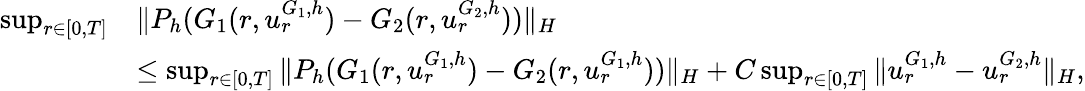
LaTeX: \begin{array}{rl}{\operatorname*{sup}_{r\in[0,T]}}&{\| P_{h}(G_{1}(r,u_{r}^{G_{1},h})-G_{2}(r,u_{r}^{G_{2},h}))\| _{H}}\\ &{\leq\operatorname*{sup}_{r\in[0,T]}\| P_{h}(G_{1}(r,u_{r}^{G_{1},h})-G_{2}(r,u_{r}^{G_{1},h}))\| _{H}+C\operatorname*{sup}_{r\in[0,T]}\| u_{r}^{G_{1},h}-u_{r}^{G_{2},h}\| _{H},}\end{array}